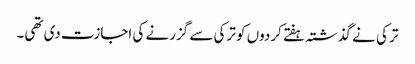
ترکی نے گذشتہ ہفتے کردوں کو ترکی سے گزرنے کی اجازت دی تھی۔